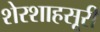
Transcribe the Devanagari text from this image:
शेरशाहसूरी